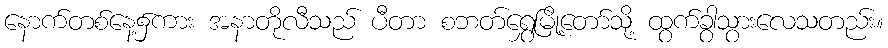
နောက်တစ်နေ့၌ကား အနာတိုလီသည် ပီတာ စဘတ်ရွှေမြို့တော်သို့ ထွက်ခွာသွားလေသတည်း။